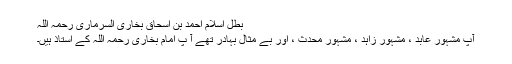
بطل اسلام احمد بن اسحاق بخاری السرماری رحمہ اللہ​
آپ مشہور عابد ، مشہور زاہد ، مشہور محدث ، اور بے مثال بہادر تھے آ پ امام بخاری رحمہ اللہ کے استاذ ہیں۔